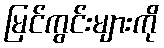
မြင်ကွင်းများကို